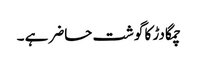
چمگادڑ کا گوشت حاضر ہے ۔